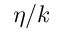
\eta / k